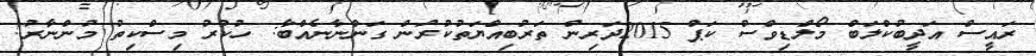
ރައީސް އަދީބުކްލަބް މޯލްޑިވްސް ކަޕް 2015ދަރިން ތަރުބިއްޔަތުކުރުން ގަންނާނެއްބާ: ހުކުރު މިސްކިތު މުންނާރު!